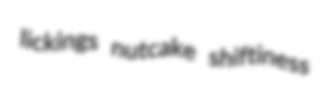
lickings nutcake shiftiness